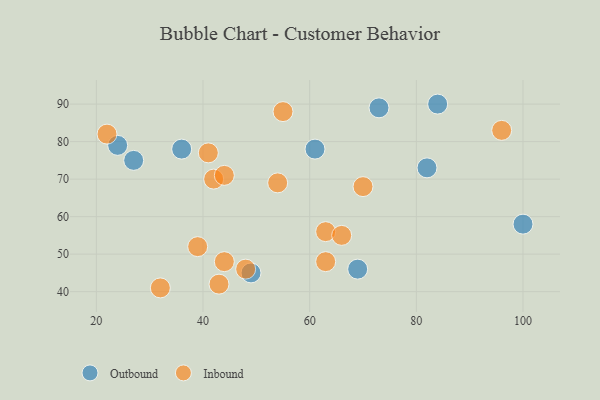
{"axis": {"x": "GDP", "y": "Life Expectancy"}, "legend": ["Inbound", "Outbound"], "data": [{"x": "84", "y": 90, "type": "Outbound"}, {"x": "49", "y": 45, "type": "Outbound"}, {"x": "61", "y": 78, "type": "Outbound"}, {"x": "82", "y": 73, "type": "Outbound"}, {"x": "36", "y": 78, "type": "Outbound"}, {"x": "27", "y": 75, "type": "Outbound"}, {"x": "100", "y": 58, "type": "Outbound"}, {"x": "69", "y": 46, "type": "Outbound"}, {"x": "24", "y": 79, "type": "Outbound"}, {"x": "73", "y": 89, "type": "Outbound"}, {"x": "39", "y": 52, "type": "Inbound"}, {"x": "96", "y": 83, "type": "Inbound"}, {"x": "41", "y": 77, "type": "Inbound"}, {"x": "42", "y": 70, "type": "Inbound"}, {"x": "43", "y": 42, "type": "Inbound"}, {"x": "32", "y": 41, "type": "Inbound"}, {"x": "70", "y": 68, "type": "Inbound"}, {"x": "63", "y": 56, "type": "Inbound"}, {"x": "63", "y": 48, "type": "Inbound"}, {"x": "55", "y": 88, "type": "Inbound"}, {"x": "44", "y": 71, "type": "Inbound"}, {"x": "48", "y": 46, "type": "Inbound"}, {"x": "54", "y": 69, "type": "Inbound"}, {"x": "44", "y": 48, "type": "Inbound"}, {"x": "66", "y": 55, "type": "Inbound"}, {"x": "22", "y": 82, "type": "Inbound"}]}